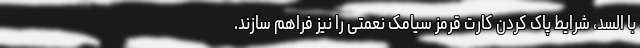
با السد، شرایط پاک کردن کارت قرمز سیامک نعمتی را نیز فراهم سازند.